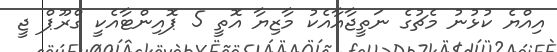
އިއްޔެ ކުޅުނު މެޗުގެ ނަތީޖާއާއެކު މާޒިޔާ އޮތީ 5 ޕޮއިންޓާއެކީ ގްރޫޕް ޖީ